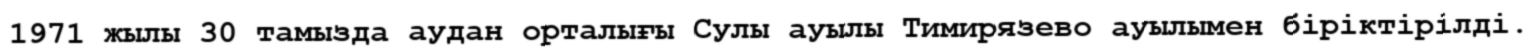
1971 жылы 30 тамызда аудан орталығы Сулы ауылы Тимирязево ауылымен біріктірілді.